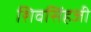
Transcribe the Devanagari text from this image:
शिवसिंहजी